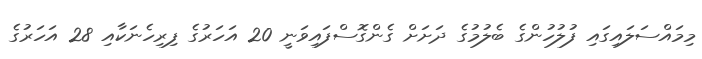
މިމައްސަލައިގައި ފުލުހުންގެ ބެލުމުގެ ދަށަށް ގެންގޮސްފައިވަނީ 20 އަހަރުގެ ފިރިހެނަކާއި 28 އަހަރުގެ